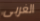
الغربى